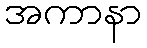
အကာနာ